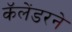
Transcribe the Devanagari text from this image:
कॅलेंडरने